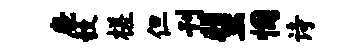
鹿彀槎但刊蜚悃诗